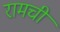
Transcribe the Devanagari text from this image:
रामची